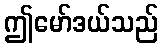
ဤမော်ဒယ်သည်